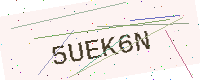
Text: 5UEK6N